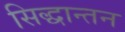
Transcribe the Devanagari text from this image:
सिद्धान्तन